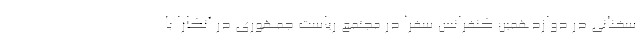
سخنانی در دوازدهمین کنفرانس سفرا در مجتمع ریاست جمهوری در آنکارا با